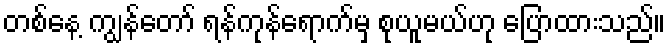
တစ်နေ့ ကျွန်တော် ရန်ကုန်ရောက်မှ စုယူမယ်ဟု ပြောထားသည်။